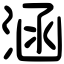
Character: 涵